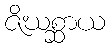
ဇိဃစ္ဆာယ